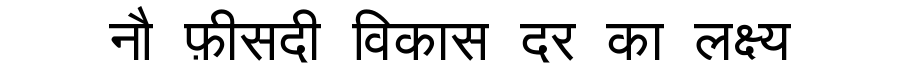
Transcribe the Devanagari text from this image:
नौ फ़ीसदी विकास दर का लक्ष्य